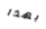
بهذا